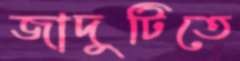
জাদুটিতে